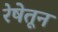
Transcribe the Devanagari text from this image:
रेषेतून